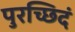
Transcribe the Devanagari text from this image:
पुरच्छिदं